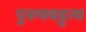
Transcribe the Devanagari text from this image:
पुरुषबहुत्व